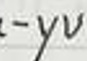
$-yv$